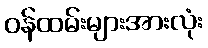
ဝန်ထမ်းများအားလုံး